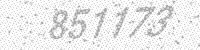
Solution: 851173